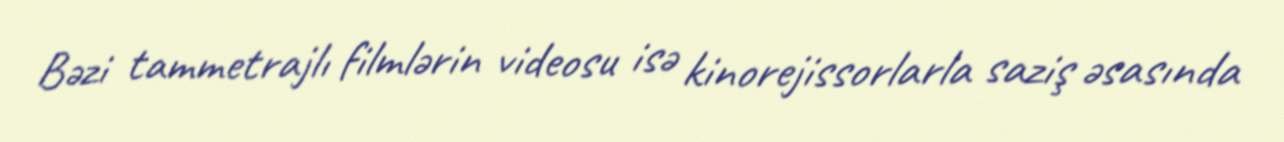
Bəzi tammetrajlı filmlərin videosu isə kinorejissorlarla saziş əsasında